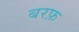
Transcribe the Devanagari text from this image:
बरफ़